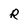
Character: R